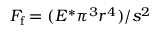
F _ { \mathrm { f } } = ( { E ^ { * } \pi ^ { 3 } r ^ { 4 } } ) / { s ^ { 2 } }